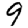
Digit: 9